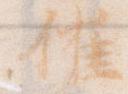
催